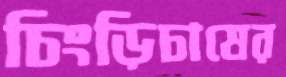
চিংড়িচাষের